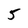
Character: 5